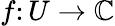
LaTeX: f\colon U\to\mathbb{C}